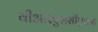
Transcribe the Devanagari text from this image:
वीआरएससीएक्स